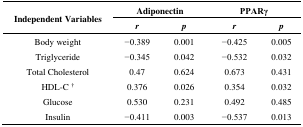
<table><thead><tr><td rowspan="2"><b>Independent Variables</b></td><td colspan="2"><b>Adiponectin</b></td><td colspan="2"><b>PPARγ</b></td></tr><tr><td><b><i>r</i></b></td><td><b><i>p</i></b></td><td><b><i>r</i></b></td><td><b><i>p</i></b></td></tr></thead><tbody><tr><td>Body weight</td><td>−0.389</td><td>0.001</td><td>−0.425</td><td>0.005</td></tr><tr><td>Triglyceride</td><td>−0.345</td><td>0.042</td><td>−0.532</td><td>0.032</td></tr><tr><td>Total Cholesterol</td><td>0.47</td><td>0.624</td><td>0.673</td><td>0.431</td></tr><tr><td>HDL-C <sup>†</sup></td><td>0.376</td><td>0.026</td><td>0.354</td><td>0.032</td></tr><tr><td>Glucose</td><td>0.530</td><td>0.231</td><td>0.492</td><td>0.485</td></tr><tr><td>Insulin</td><td>−0.411</td><td>0.003</td><td>−0.537</td><td>0.013</td></tr></tbody></table>